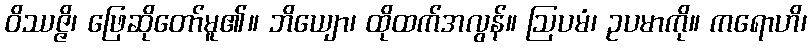
ဝိဿဇ္ဇိ၊ ဖြေဆိုတော်မူ၏။ ဘိယျော၊ ထိုထက်အလွန်။ ဩပမံ၊ ဥပမာကို။ ကရောဟိ၊